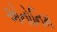
એનોનિમ